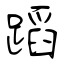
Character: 蹈